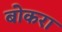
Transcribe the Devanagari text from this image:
बोकरा